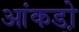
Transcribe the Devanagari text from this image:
आंकडो़